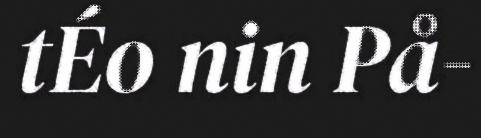
tÉo nin På-